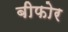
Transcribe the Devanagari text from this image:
बीफोर